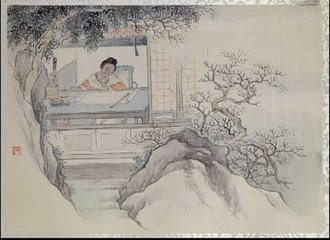
每圆处即良宵，甚此夕偏饶，对歌临怨。